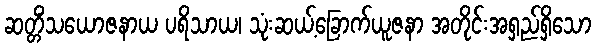
ဆတ္တိံသယောဇနာယ ပရိသာယ၊ သုံးဆယ့်ခြောက်ယူဇနာ အတိုင်းအရှည်ရှိသော